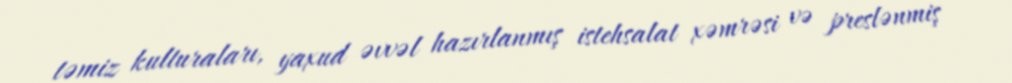
təmiz kulturaları, yaxud əvvəl hazırlanmış istehsalat xəmrəsi və preslənmiş